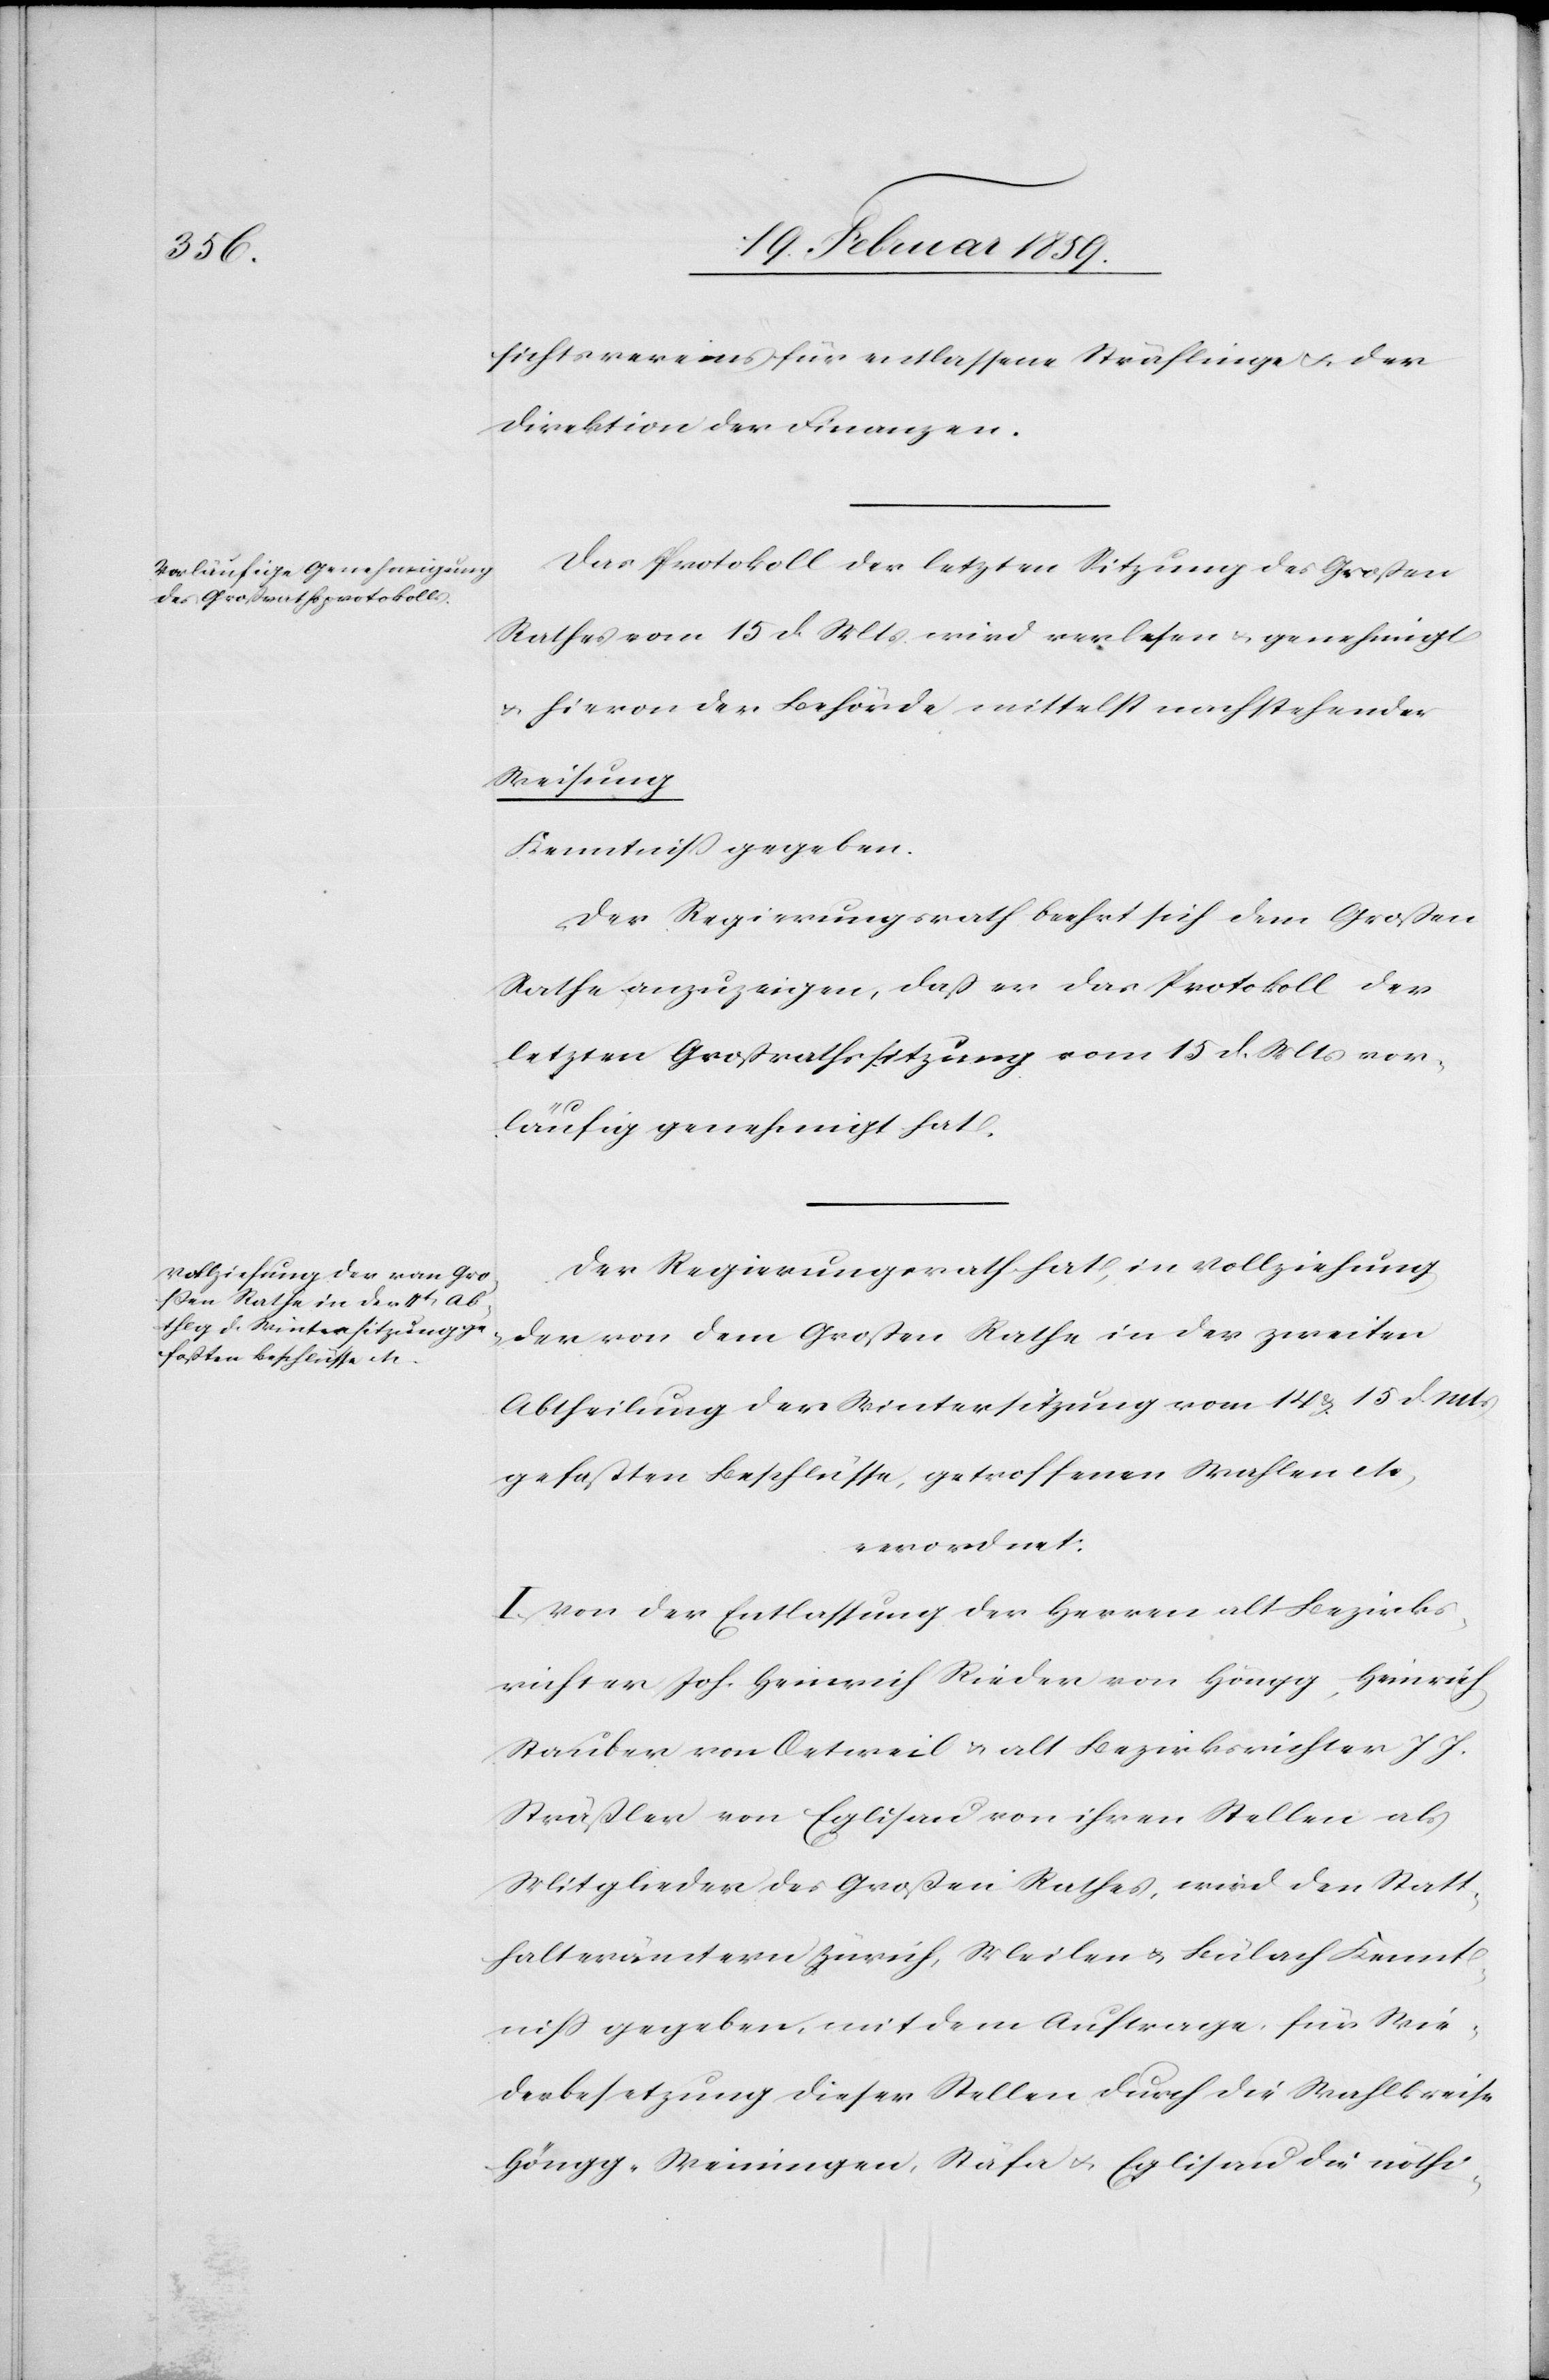
sichtsvereins für entlassene Sträflinge u. der
Direktion der Finanzen.
Das Protokoll der letzten Sitzung des Großen
Rathes vom 15. d. Mts wird verlesen u. genehmigt
u. hievon der Behörde mittelst nachstehender
Weisung
Kenntniß gegeben.
Der Regierungsrath beehrt sich dem Großen
Rathe anzuzeigen, daß er das Protokoll der
letzten Großrathssitzung vom 15 d. Mts vor¬
läufig genehmigt hat.
Der Regierungsrath hat, in Vollziehung
der von dem Großen Rathe in der zweiten
Abtheilung der Wintersitzung vom 14. & 15 d. Mts
gefaßten Beschlüsse, getroffenen Wahlen etc,
verordnet:
I. Von der Entlassung der Herren alt Bezirks¬
richter Joh. Heinrich Rieder von Höngg, Heinrich
Stauber von Oetweil & alt Bezirksrichter J. J.
Sträßler von Eglisau von ihren Stellen als
Mitglieder des Großen Rathes, wird den Statt¬
halterämtern Zürich, Meilen & Bülach Kennt¬
niß gegeben, mit dem Auftrage, für Wie¬
derbesetzung dieser Stellen durch die Wahlkreise
Höngg-Weiningen, Stäfa u. Eglisau die nöthi-